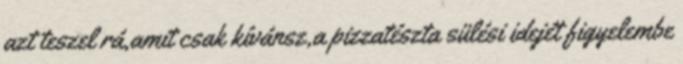
azt teszel rá,amit csak kívánsz,a pizzatészta sülési idejét figyelembe